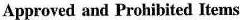
Approved and Prohibited Items